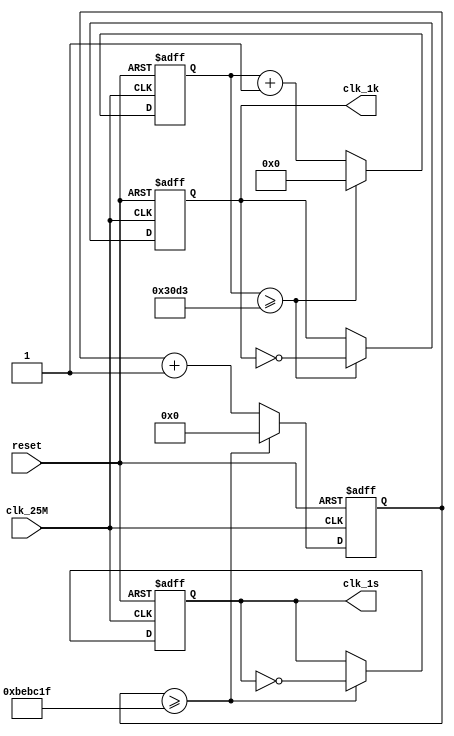
module clk_div(
	input clk_25M, reset,
	output reg clk_1k, clk_1s
);

reg [14:0] cnt_1k = 0;
reg [24:0] cnt_1s = 0;

always @(posedge clk_25M or negedge reset) begin
	if(~reset) begin
		clk_1k <= 1;
		clk_1s <= 1;
		cnt_1k <= 0;
		cnt_1s <= 0;
	end
	
	else begin
		
		// 25MHZ clock 25000  1k   
		if(cnt_1k >= 15'd12499)
			begin
				clk_1k <= ~clk_1k;
				cnt_1k <= 0;
		
		end
		else cnt_1k <= cnt_1k + 1'b1;
		
		// 25MHZ clock 25M  clk_1s  
		if(cnt_1s >= 25'd12499999)
			begin
				clk_1s <= ~clk_1s;
				cnt_1s <= 0;
		end
		else cnt_1s <= cnt_1s + 1'b1;
	end
end
endmodule